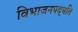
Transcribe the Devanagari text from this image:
विभाजनपद्धति